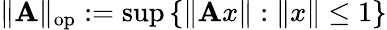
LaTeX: \| \mathbf{A}\| _{\mathrm{{op}}}:=\operatorname*{sup}\left\{ \| \mathbf{A}x\| :\| x\| \leq1\right\}